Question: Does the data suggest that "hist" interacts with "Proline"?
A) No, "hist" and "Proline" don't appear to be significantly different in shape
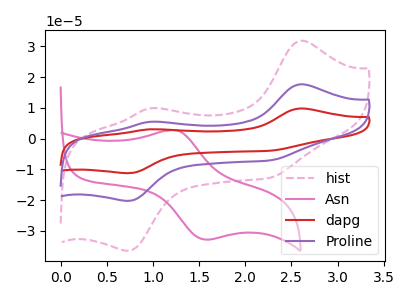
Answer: <think>The pink dashed curve "hist" has anodic peaks at (2.60V, 31.85uA) (0.95V, 9.85uA) and cathodic peaks at (0.75V, -36.45uA) (2.25V, -12.75uA). The pink curve "Asn" has an anodic peak at (1.25V, 2.70uA) and a cathodic peak at (1.60V, -32.85uA). The red curve "dapg" has anodic peaks at (2.60V, 35.35uA) (0.95V, 10.90uA) and cathodic peaks at (0.75V, -40.45uA) (2.25V, -14.15uA). The purple curve "Proline" has anodic peaks at (2.60V, 17.70uA) (0.95V, 5.45uA) and cathodic peaks at (0.75V, -20.25uA) (2.25V, -7.05uA).
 All the peaks in "hist" have a peak in "Proline" at the same potential. Every peak in "hist" is higher than every peak in "Proline".</think>
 <answer>A) No, "hist" and "Proline" don't appear to be significantly different in shape</answer>
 <eval>A</eval>